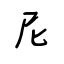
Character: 尼